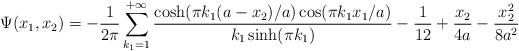
LaTeX: \begin{align*}\Psi (x_{1},x_{2})=-\dfrac{1}{2\pi}\sum_{k_{1}=1}^{+\infty}\dfrac{\cosh(\pi k_{1}(a-x_{2})/a)\cos (\pi k_{1}x_{1}/a)}{k_{1}\sinh (\pi k_{1})}-\dfrac{1}{12}+\dfrac{x_{2}}{4a}-\dfrac{x_{2}^{2}}{8a^{2}}\end{align*}